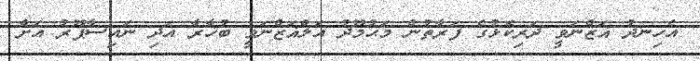
އެހިނދު ޣަޒްނަވީ ދަރިކޮޅުގެ ފަރާތުން މަޙުމޫދު އަލްޣަޒްނަވީ ބުޚާރާ އަދި ނައިސާޕޫރު އަށް